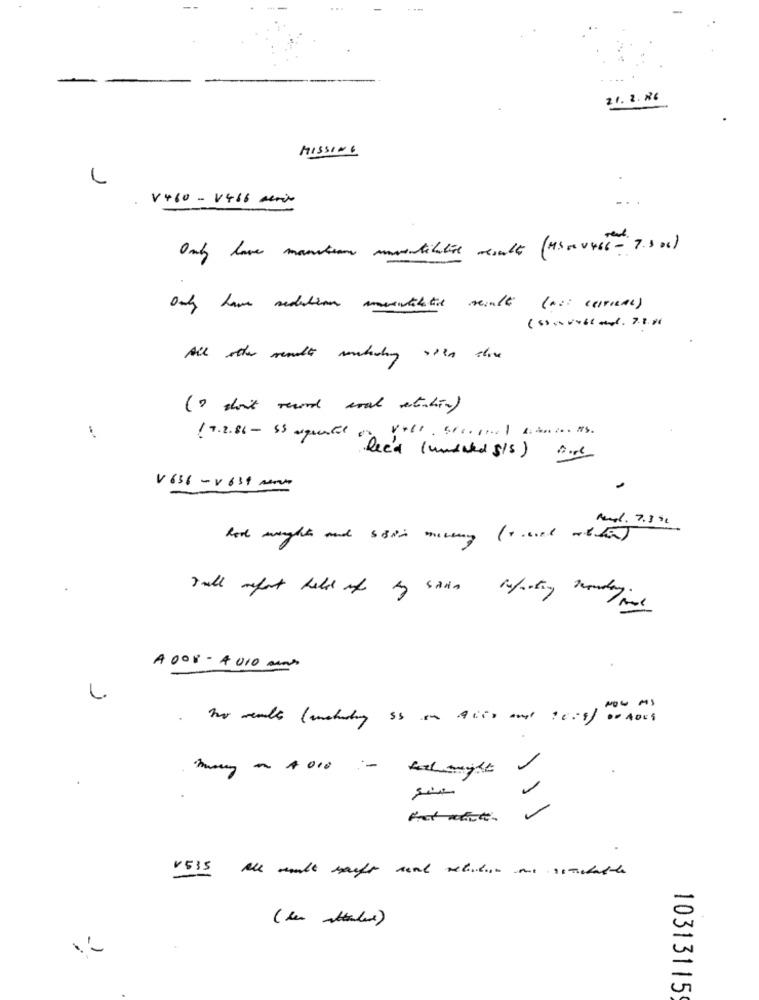
-
21. 2 . 86
MISSING
V460-V466 serio
Only have monster muertecalice mouth (H300466-7.3 00)
Only have redaction manutilatie veall ( ail cervical )
All other result mutedly with the
( don't reand wood etchin )
19.2.86- 53 aquente "Deca (undated S/S) nord
V636-5 631 mm
Rend. 7.3 51
A 008 - 4010 mn
NOW MS
:-
V535 All mult sauft and relation one sstestathe
10313115